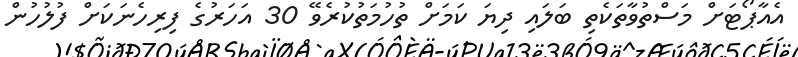
އެއާޕޯޓަށް މަސްތުވާތަކެތި ބަލައި ދިޔަ ކަމަށް ތުހުމަތުކުރެވޭ 30 އަހަރުގެ ފިރިހެނަކަށް ފުލުހުން